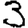
Digit: 3